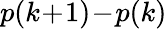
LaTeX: \textstyle p(k\! +\! 1)\! -\! p(k)